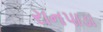
રાનપાડા